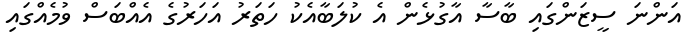
އަންނަ ސީޒަންގައި ބާސާ އާގުޅެން އެ ކުލަބާއެކު ހަތަރު އަހަރުގެ އެއްބަސް ވުމެއްގައި